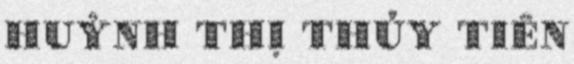
HUỲNH THỊ THỦY TIÊN